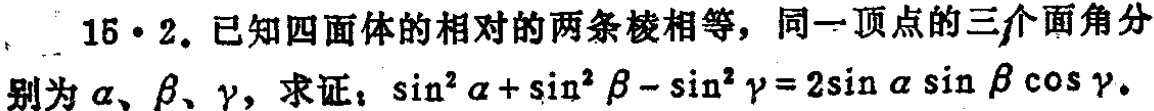
15·2. 已知四面体的相对的两条棱相等，同一顶点的三个面角分别为\(\alpha\)、\(\beta\)、\(\gamma\)，求证：\(\sin^{2}\alpha+\sin^{2}\beta - \sin^{2}\gamma = 2\sin\alpha\sin\beta\cos\gamma\)。